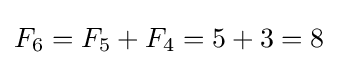
F_{6}=F_{5}+F_{4}=5+3=8